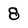
Character: 8